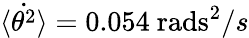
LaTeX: \dot{\langle\theta^{2}\rangle}=0.054~\mathrm{rads}^{2}/s